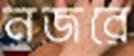
নজরে